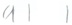
a 1 1